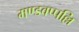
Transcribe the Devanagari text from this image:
मण्डवप्पल्लि